NAE_ERA_R-30_Eesti_Riiklik_Spordiamet, lk 48
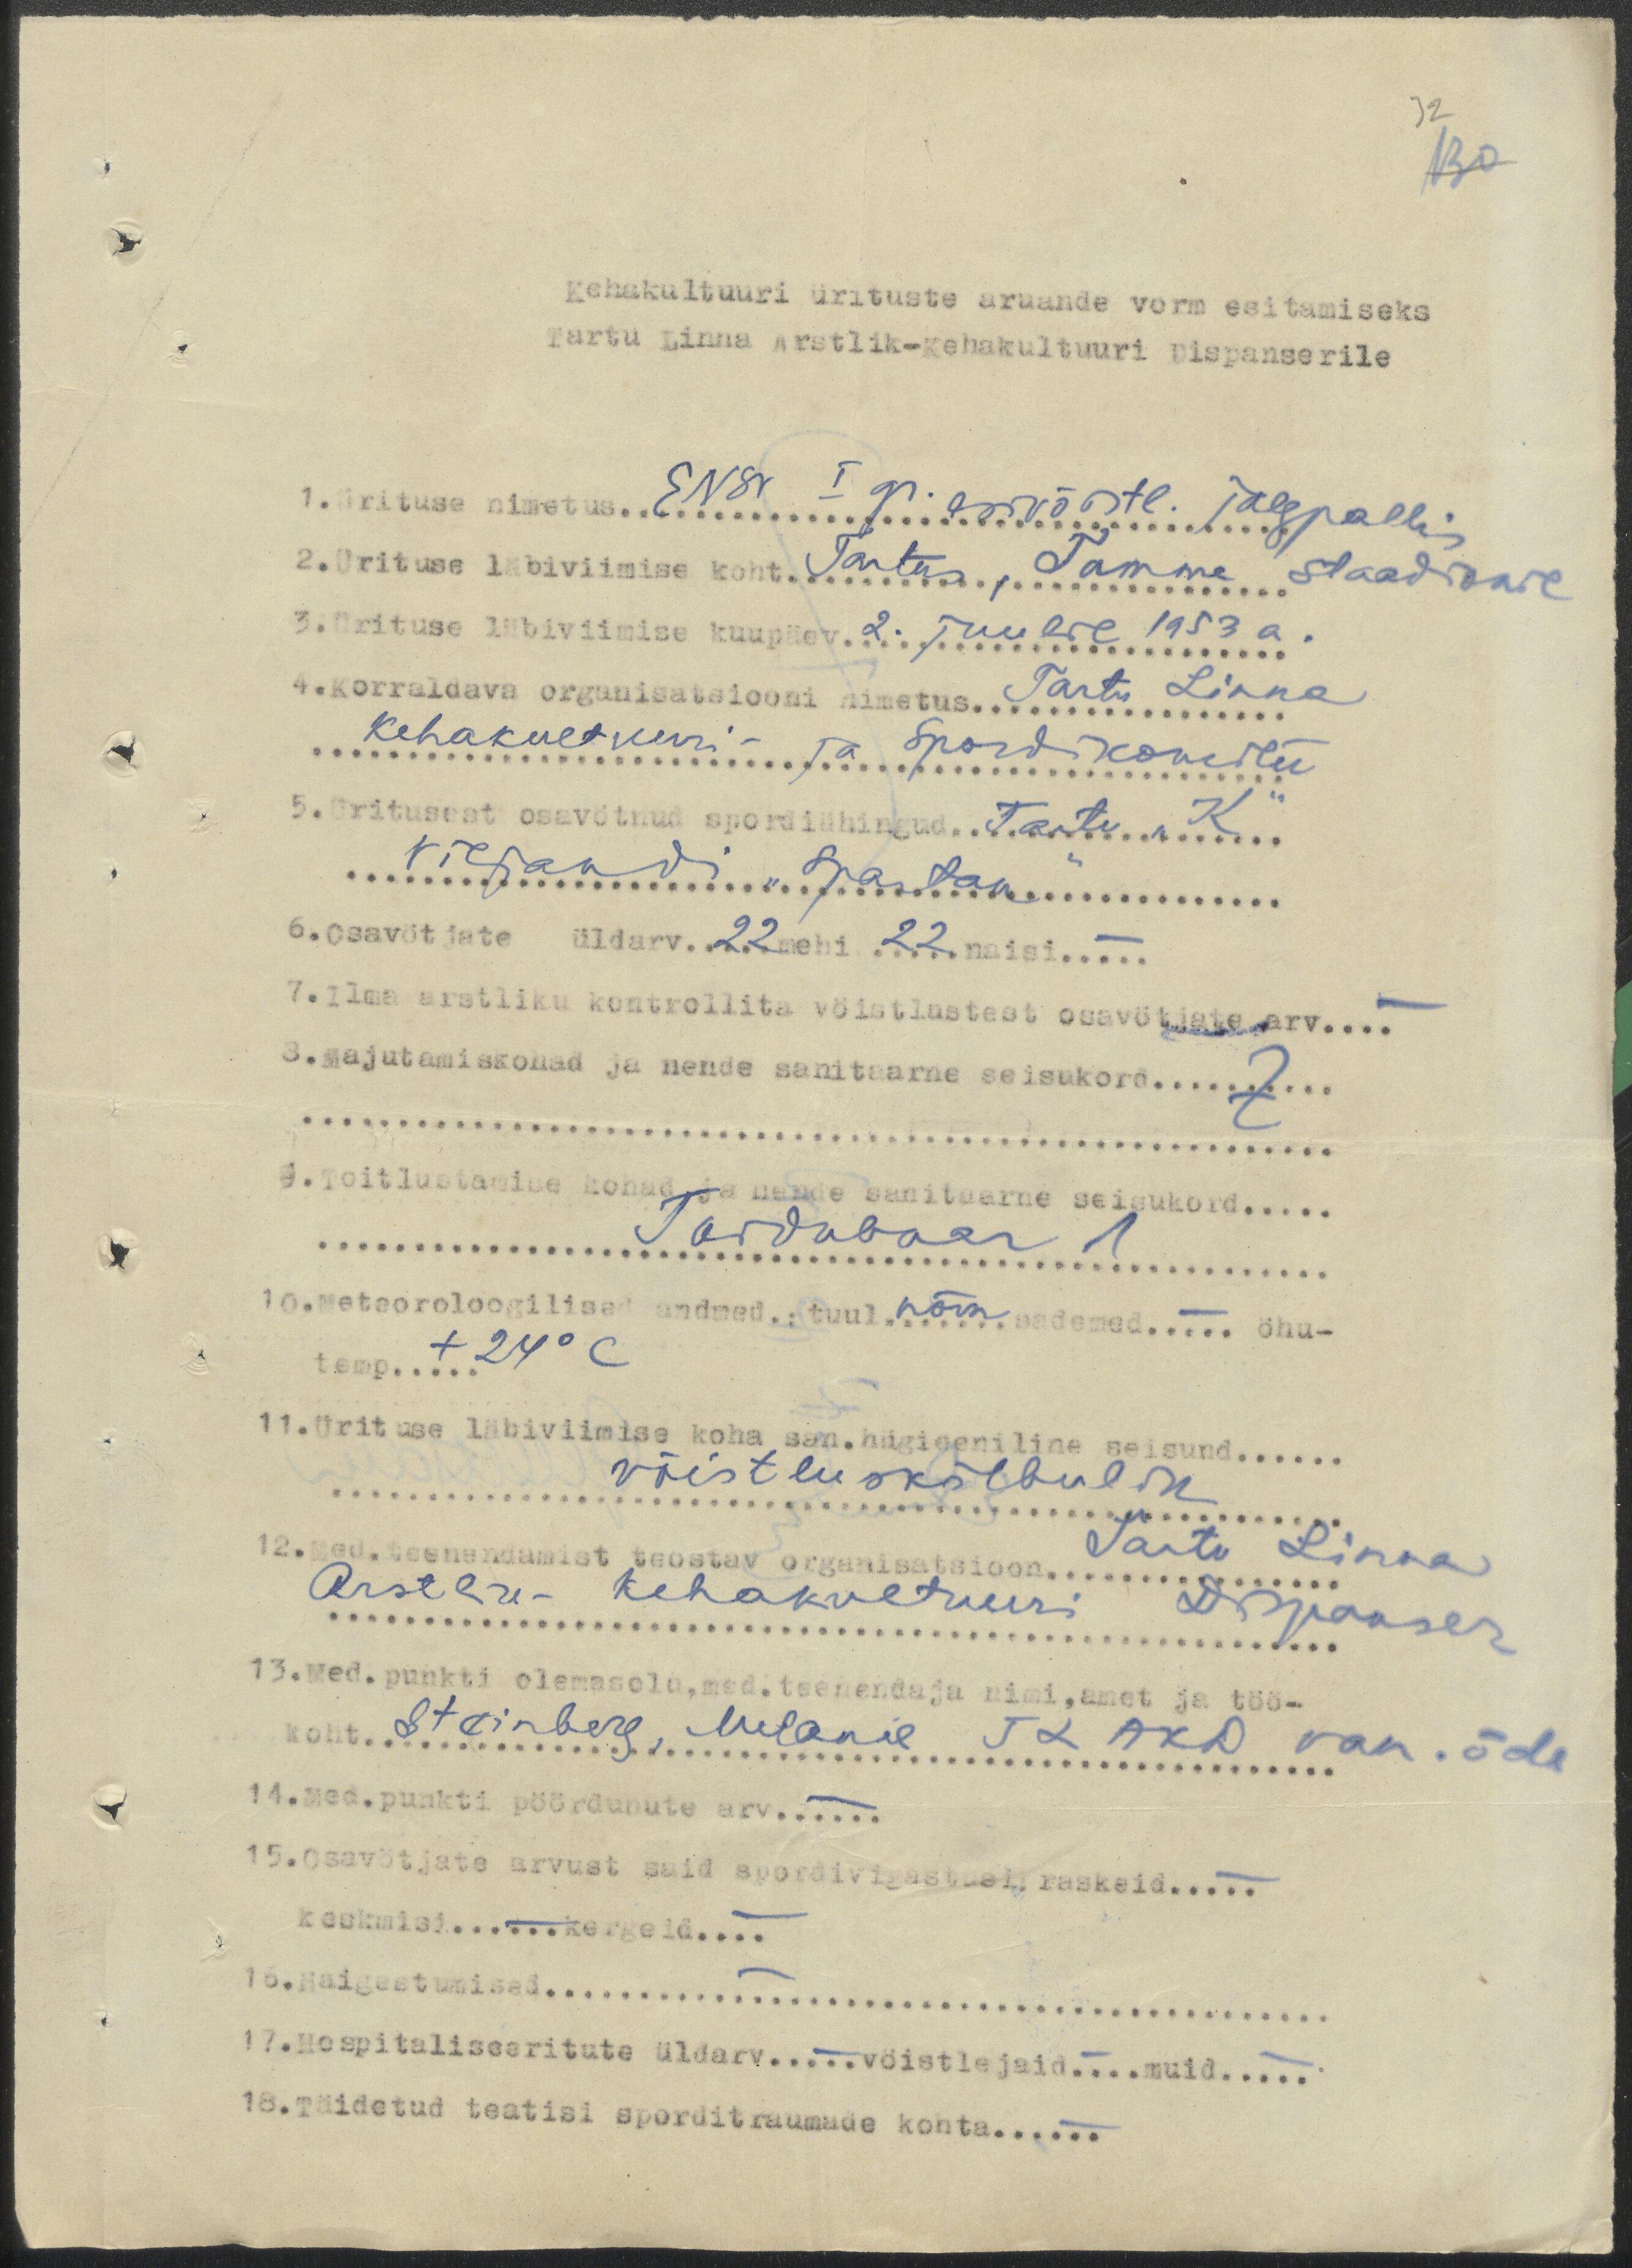
32
130
Kehakultuuri ürituste aruande vorm esitamiseks
Tartu Linna Arstlik-Kehakultuuri Dispanserile
1. Ürituse nimetus ENSV I gr. esivõistl. jalgpallis
2. Ürituse läbiviimise koht Tartus, Tamme staadionil
3. Ürituse läbiviimise kuupäev 2. juulil 1953 a.
4. Korraldava organisatsiooni nimetus Tartu Linna
Kehakultuuri- ja Spordikomitee
5. Üritusest osavötnud spordiühingud Tartu "K"
Viljandi "Spartak"
6. Osavötjate üldarv 22 mehi 22 naisi -
7. Ilma arstliku kontrollita vöistlustest osavötjate arv -
8. Majutamiskohad ja nende sanitaarne seisukord
9. Toitlustamine kohad ja nende sanitaarne seisukord
Toidubaar 1
10. Meteoroloogilised andmed.: tuul nõrk  sademed - öhu-
temp +24º C
11. Ürituse läbiviimise koha san.hügieeniline seisund
võistluskõlbulik
12. Med.teenendamist teostav organisatsioon Tartu Linna
Arstlik-Kehakultuuri Dispanser
13. Med. punkti olemasolu, med.teenendaja nimi, amet ja töö-
koht Steinberg, Melanie TLAKD van. õde
14. Med.punkti pöördunute arv -
15. Osavötjate arvust said spordivigastusi:  raskeid -
keskmisi - kergeid -
16. Haigestumised -
17. Hospitaliseeritute üldarv - vöistlejaid - muid -
18. Täidetud teatisi sporditraumade kohta -